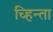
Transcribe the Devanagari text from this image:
च्हिन्ता